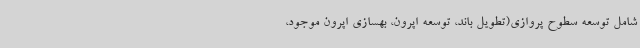
شامل توسعه سطوح پروازی(تطویل باند، توسعه اپرون، بهسازی اپرون موجود،